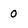
Character: 0